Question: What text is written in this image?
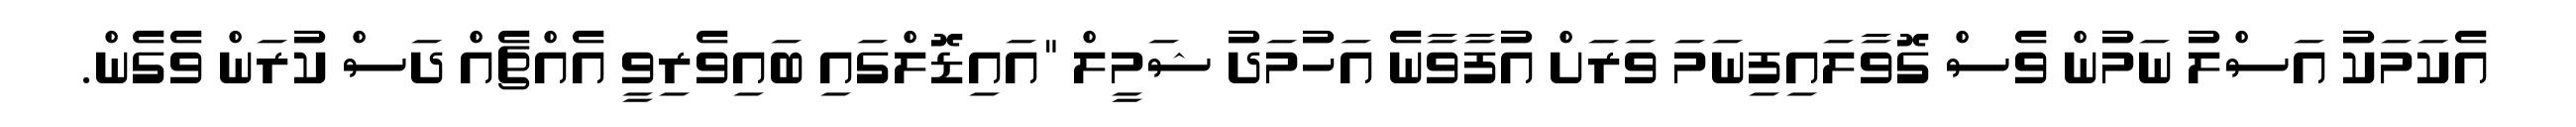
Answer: އެކަމަކު އަސްލު ނަމުން ވެސް ގޮވާލައިފިނަމަ ވަރަށް އުފާވާނެ އަހުމަދު ޝަމީލް "އައިޑޮލްގައި ބައިވެރިވީ އެއްޗެއް ދަސް ކުރަން ވެގެން.